Calcutta medical institutions reports 1879-81 [i.e.91]
Year: 1879
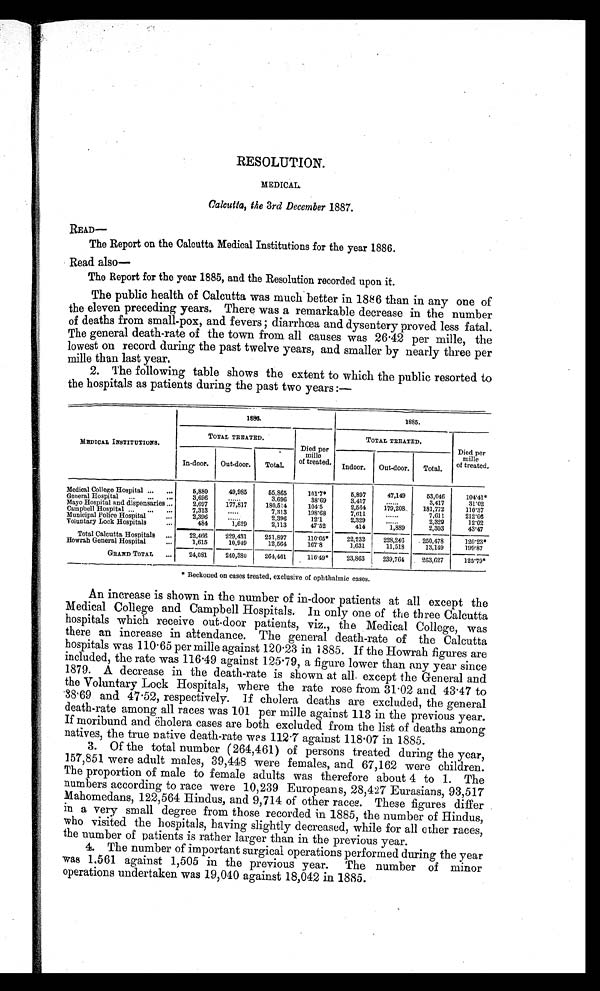
RESOLUTION.
MEDICAL.
Calcutta, the 3rd December 1887.
READ—
The Report on the Calcutta Medical Institutions for the year 1886.
Read also
—
The Report for the year 1885, and the Resolution recorded upon it.
The public health of Calcutta was much better in 1886 than in any one of
the eleven preceding years. There was a remarkable decrease in the number
of deaths from small-pox, and fevers diarrhœa and dysentery proved less fatal.
The general death-rate of the town from all causes was 26.42 per mille, the
lowest on record during the past twelve years, and smaller by nearly three per
mille than last year.
2. The following table shows the extent to which the public resorted to
the hospitals as patients during the past two years :—
1 8 8 6
1885.
MEDICAL INSTITUTIONS.
TOTAL TREATED.
Died per
mille
of treated.
TOTAL TREATED.
D i e d p e r m i l l e
of treated.
In-door. Out-door. Total.
Indoor. Out-door. Total.
Medical College Hospital ... ...
5,880
49,985
5 5 , 8 6 5
101.7*
5,897
47,149
53,046
104.41*
General Hospital
. . .
. . .
.
3,696
. . . . . .
3 , 6 9 6
38.69
3.417
. . . . . .
3,417
31.02
Mayo Hospital and dispensaries ...
2,697
177,817
180,514
104.5
2,564
179,208
181,772
110.37
Campbell Hospital ...
. . .
. . .
7,313
.....
7 , 3 1 3
198.68
7,611
......
7,611
212.06
Municipal Police Hospital
...
2,396
. . . . . .
2,396
12.1
2,329
. . . . . .
2,329
12.02
Voluntary Lock Hospitals
484
1,629
2,113
47.52
414
1,889
2,303
43.47
Total Calcutta Hospitals ...
22,466
229,431
251,897
110.65*
22,232
228,246
250,478
120.23*
Howrah General Hospital
...
1,615
10,949
12,561
167.8
1,631
11,518
13,149
199.87
GRAND TOTAL ...
24,081
240,380
264,461
116.49*
23,863
239,764
263,627
125.79*
* Reckoned on cases treated, exclusive of ophthalmic cases.
An increase is shown in the number of in-door patients at all except the
Medical College and Campbell Hospitals. In only one of the three Calcutta
hospitals which receive out-door patients, viz., the Medical College, was
there an increase in attendance. The general death-rate of the Calcutta
hospitals was 110.65 per mille against 120.23 in 1885. If the Howrah figures are
included, the rate was 116.49 against 125.79, a figure lower than any year since
1879. A decrease in the death-rate is shown at all except the General and
the Voluntary Lock Hospitals, where the rate rose from 31.02 and 43.47 to
38.69 and 47.52, respectively. If cholera deaths are excluded, the general
death-rate among all races was 101 per mille against 113 in the previous year.
If moribund and cholera cases are both excluded from the list of deaths among
natives, the true native death-rate was 112.7 against 118.07 in 1885.
3. Of the total number (264,461) of persons treated during the year,
157,851 were adult males, 39,448 were females, and 67,162 were children.
The proportion of male to female adults was therefore about 4 to 1. The
numbers according to race were 10,239 Europeans, 28,427 Eurasians, 93,517
Mahomedans, 122,564 Hindus, and 9,714 of other races. These figures differ
in a very small degree from those recorded in 1885, the number of Hindus,
who visited the hospitals, having slightly decreased, while for all other races,
the number of patients is rather larger than in the previous year.
4. The number of important surgical operations performed during the year
was 1,561 against 1,505 in the previous year. The number of minor
operations undertaken was 19,040 against 18,042 in 1885.